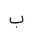
Letter: _ba